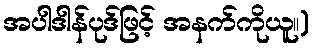
အပါဒါန်ပုဒ်ဖြင့် အနက်ကိုယူ။)